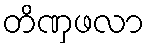
တိဏှဖလာ